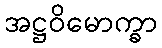
အဋ္ဌဝိမောက္ခာ